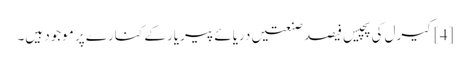
[4] کیرل کی پچیس فیصد صنعتیں دریائے پیریار کے کنارے پر موجود ہیں۔